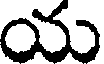
య